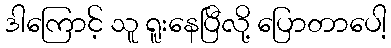
ဒါကြောင့် သူ ရူးနေပြီလို့ ပြောတာပေါ့